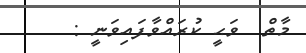
މާތް  ވަޙީ ކުރައްވާފައިވަނީ :